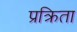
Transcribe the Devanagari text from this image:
प्रक्रिता